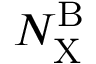
N _ { \mathrm { X } } ^ { \mathrm { B } }